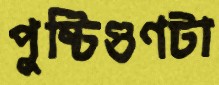
পুষ্টিগুণটা